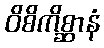
ဝိစိကိစ္ဆာနံ